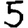
Digit: 5